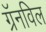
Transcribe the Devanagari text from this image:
ग्रॅनविल